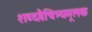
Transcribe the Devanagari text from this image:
शब्दवैचित्र्यमूलक